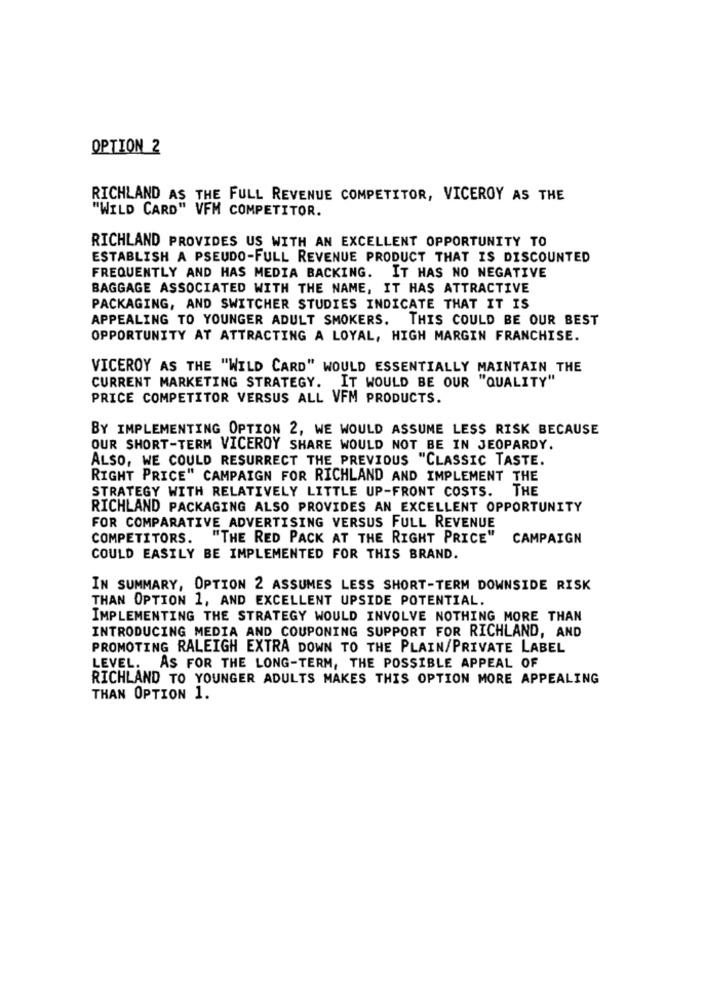
OPTION 2
RICHLAND AS THE FULL REVENUE COMPETITOR, VICEROY AS THE
"WILD CARD" VFM COMPETITOR.
RICHLAND PROVIDES US WITH AN EXCELLENT OPPORTUNITY TO
ESTABLISH A PSEUDO-FULL REVENUE PRODUCT THAT IS DISCOUNTED
FREQUENTLY AND HAS MEDIA BACKING. IT HAS NO NEGATIVE
BAGGAGE ASSOCIATED WITH THE NAME, IT HAS ATTRACTIVE
PACKAGING, AND SWITCHER STUDIES INDICATE THAT IT IS
APPEALING TO YOUNGER ADULT SMOKERS. THIS COULD BE OUR BEST
OPPORTUNITY AT ATTRACTING A LOYAL, HIGH MARGIN FRANCHISE.
VICEROY AS THE "WILD CARD" WOULD ESSENTIALLY MAINTAIN THE
CURRENT MARKETING STRATEGY. IT WOULD BE OUR "QUALITY"
PRICE COMPETITOR VERSUS ALL VFM PRODUCTS.
BY IMPLEMENTING OPTION 2, WE WOULD ASSUME LESS RISK BECAUSE
OUR SHORT-TERM VICEROY SHARE WOULD NOT BE IN JEOPARDY.
ALSO, WE COULD RESURRECT THE PREVIOUS "CLASSIC TASTE.
RIGHT PRICE" CAMPAIGN FOR RICHLAND AND IMPLEMENT THE
STRATEGY WITH RELATIVELY LITTLE UP-FRONT COSTS. THE
RICHLAND PACKAGING ALSO PROVIDES AN EXCELLENT OPPORTUNITY
FOR COMPARATIVE ADVERTISING VERSUS FULL REVENUE
COMPETITORS. "THE RED PACK AT THE RIGHT PRICE"
CAMPAIGN
COULD EASILY BE IMPLEMENTED FOR THIS BRAND.
IN SUMMARY, OPTION 2 ASSUMES LESS SHORT-TERM DOWNSIDE RISK
THAN OPTION 1, AND EXCELLENT UPSIDE POTENTIAL.
IMPLEMENTING THE STRATEGY WOULD INVOLVE NOTHING MORE THAN
INTRODUCING MEDIA AND COUPONING SUPPORT FOR RICHLAND, AND
PROMOTING RALEIGH EXTRA DOWN TO THE PLAIN/PRIVATE LABEL
LEVEL. AS FOR THE LONG-TERM, THE POSSIBLE APPEAL OF
RICHLAND TO YOUNGER ADULTS MAKES THIS OPTION MORE APPEALING
THAN OPTION 1.